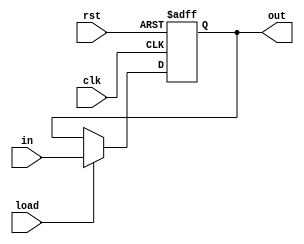
`timescale 1ns/1ns

module Register_1(input clk , rst , load , in , output reg out);
  always @ (posedge clk , posedge rst) begin
    if(rst) out <= 1'b0;
    else
      if(load) out <= in;
  end
endmodule